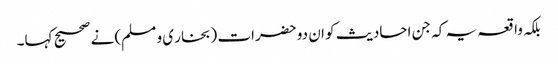
بلکہ واقعہ یہ کہ جن احادیث کو ان دو حضرات (بخار ی و مسلم) نے صحیح کہا۔